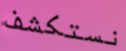
نستكشف